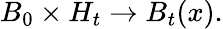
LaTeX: B_{0}\times H_{t}\to B_{t}(x).